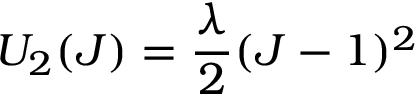
U _ { 2 } ( J ) = \frac { \lambda } { 2 } ( J - 1 ) ^ { 2 }